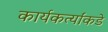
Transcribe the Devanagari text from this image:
कार्यकर्त्यांकडे